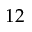
1 2